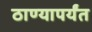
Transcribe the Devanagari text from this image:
ठाण्यापर्यंत